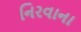
નિરવાના